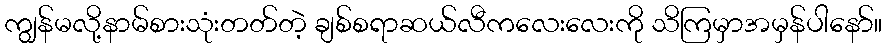
ကျွန်မလို့နာမ်စားသုံးတတ်တဲ့ ချစ်စရာဆယ်လီကလေးလေးကို သိကြမှာအမှန်ပါနော်။